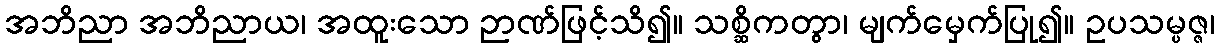
အဘိညာ အဘိညာယ၊ အထူးသော ဉာဏ်ဖြင့်သိ၍။ သစ္ဆိကတွာ၊ မျက်မှေက်ပြု၍။ ဥပသမ္ပဇ္ဇ၊